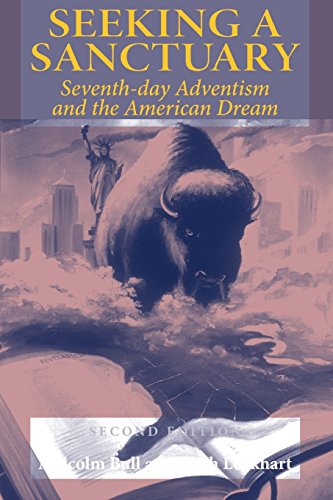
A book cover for Seeking a Sanctuary: Seventh-day Adventism and the American Dream; Malcolm Bull and Keith Lockhart; Christian Books & Bibles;